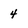
Character: 4